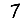
Digit: 7